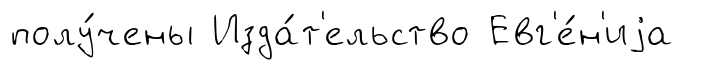
полу́чены Изда́т'ельство Евг'е́н'иjа